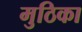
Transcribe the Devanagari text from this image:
मुठिका